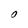
Character: O